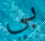
بي